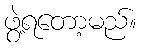
ဖွဲ့ရတော့မည်။